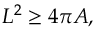
L ^ { 2 } \geq 4 \pi A ,